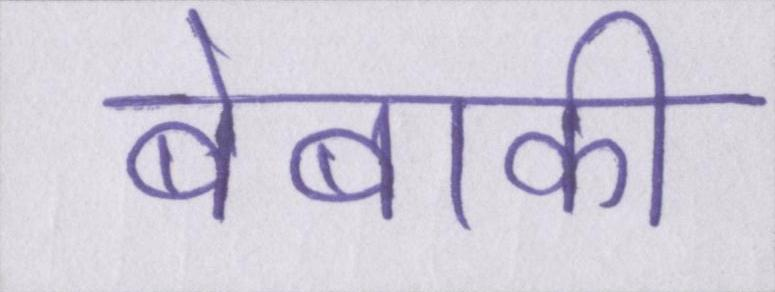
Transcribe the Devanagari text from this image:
बेबाकी